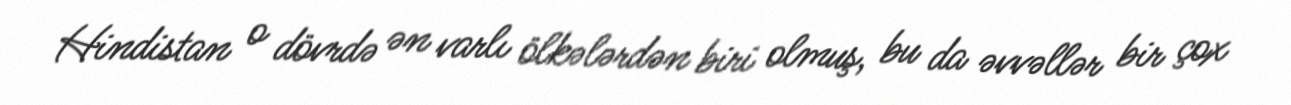
Hindistan o dövrdə ən varlı ölkələrdən biri olmuş, bu da əvvəllər bir çox